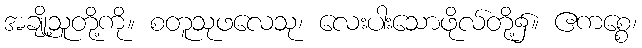
အချို့သူတို့ကို။ စတူသုဖလေသု၊ လေးပါးသောဖိုလ်တို့၌။ ဧကစ္စေ၊